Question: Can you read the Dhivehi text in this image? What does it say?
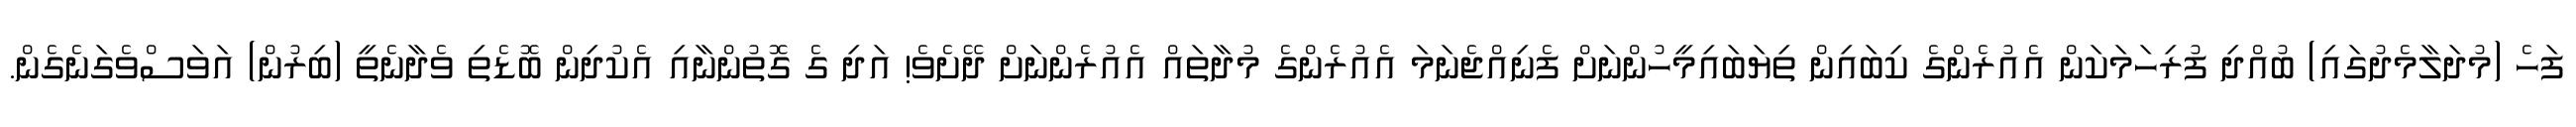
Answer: ފަހެ (މުދަލާމެދުގައި) ބުއްދި ފުރިހަމަކަން އެއުރެންގެ ކިބައިން ތިޔަބައިމީހުންނަށް ފެނިއްޖެނަމަ އެއުރެންގެ މުދާތައް އެއުރެންނަށް ދޭށެވެ! އަދި ގެ ގޮތުންނާއި އެކުދިން ބޮޑެތި ވެދާނެތީ (ބިރުން) އަވަސްވެގަނެގެން.